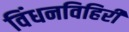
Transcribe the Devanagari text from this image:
विंधनविहिरी